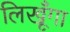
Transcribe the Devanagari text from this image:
लिखूँगा